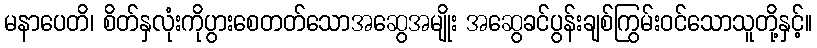
မနာပေတိ၊ စိတ်နှလုံးကိုပွားစေတတ်သောအဆွေအမျိုး အဆွေခင်ပွန်းချစ်ကြွမ်းဝင်သောသူတို့နှင့်။